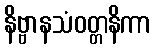
နိဗ္ဗာနသံဝတ္တနိကာ